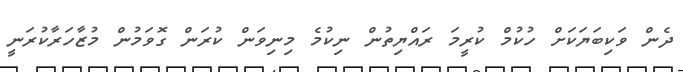
ދެން ވަކިބަޔަކަށް ހުކުމް ކުރީމަ ރައްޔިތުން ނިކުމެ މިނިވަން ކުރަން ގޮވަމުން މުޒާހަރާކުރަނީ